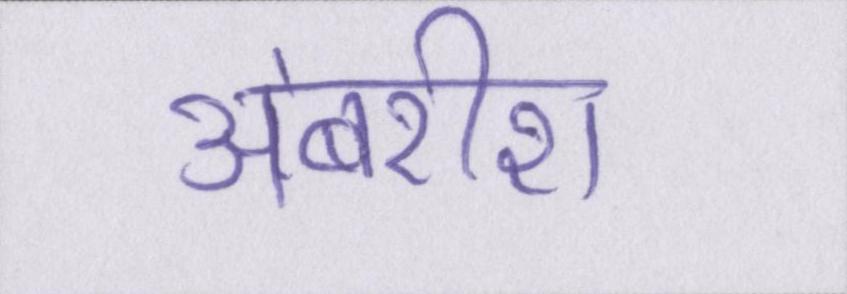
अंबरीश